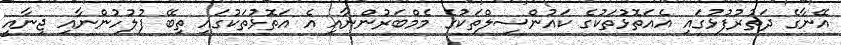
އޭނާގެ ދަތުރުފުޅުގައި އެއަތޮޅުތަކުގެ ކައުންސިލްތަކުގެ މެމްބަރުންނާއި އެ އަތޮޅުތަކުގައި ތިބޭ ފުލުހުންނާއި ޖިނާއީ